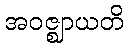
အဝဇ္ဈာယတိ